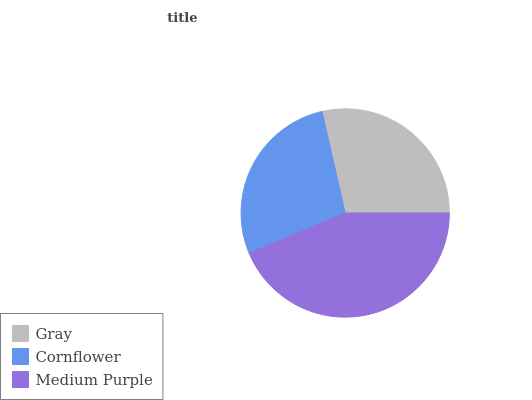
| Gray | Cornflower | Medium Purple |
 | --- | --- | --- |
 | 28.5% | 27.7% | 43.8% |